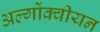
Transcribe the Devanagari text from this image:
अल्गोंक्वीयन